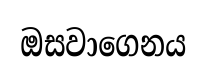
ඔසවාගෙනය